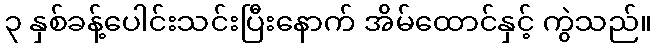
၃ နှစ်ခန့်ပေါင်းသင်းပြီးနောက် အိမ်ထောင်နှင့် ကွဲသည်။